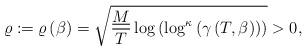
LaTeX: \begin{align*}\varrho:=\varrho\left(\beta\right)=\sqrt{\frac{\underline{M}}{T}\log\left(\log^{\kappa}\left(\gamma\left(T,\beta\right)\right)\right)}>0,\end{align*}